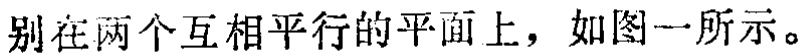
别在两个互相平行的平面上，如图一所示。